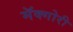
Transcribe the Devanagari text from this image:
मॅक्गोरी